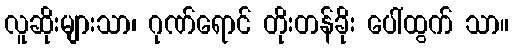
လူဆိုးများသာ၊ ဂုဏ်ရောင် တိုးတန်ခိုး ပေါ်ထွက် သာ။